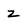
Character: z